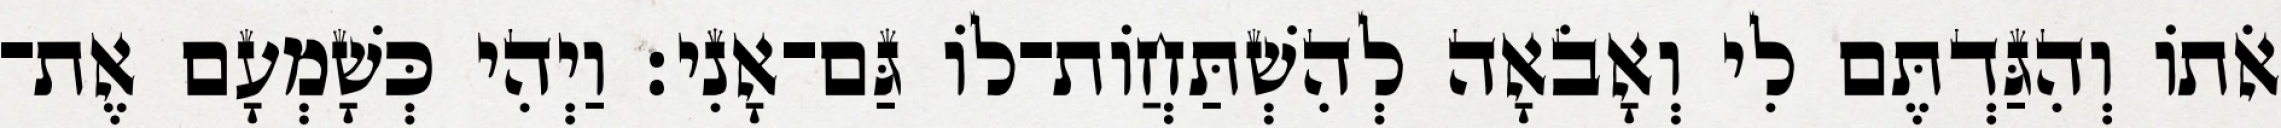
אֹתוֹ וְהִגַּדְתֶּם לִי וְאָבֹאָה לְהִשְׁתַּחֲוֹת־לוֹ גַּם־אָנִי׃ וַיְהִי כְּשָׁמְעָם אֶת־